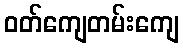
ဝတ်ကျေတမ်းကျေ